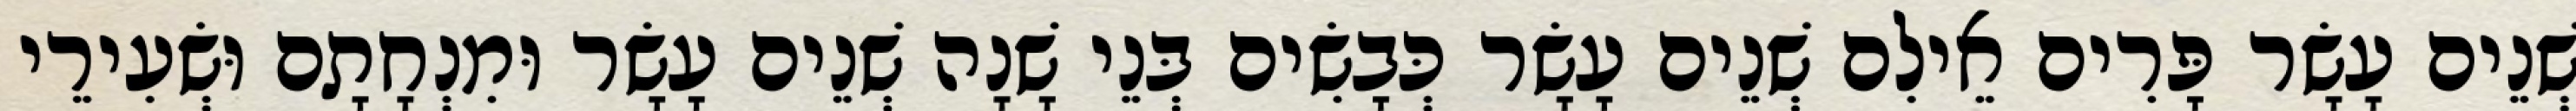
שְׁנֵים עָשָׂר פָּרִים אֵילִם שְׁנֵים עָשָׂר כְּבָשִׂים בְּנֵי שָׁנָה שְׁנֵים עָשָׂר וּמִנְחָתָם וּשְׂעִירֵי